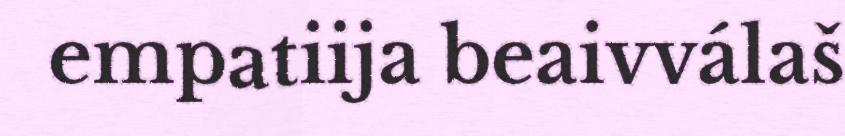
empatiija beaivválaš